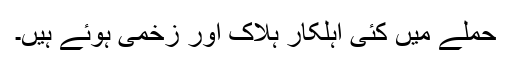
حملے میں کئی اہلکار ہلاک اور زخمی ہوئے ہیں۔